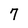
Character: 7